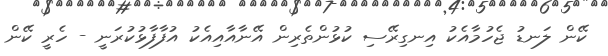
ކޭން ލަނޑު ޖެހުމާއެކު އިނގިރޭސި ކުޅުންތެރިން އޭނާއާއިއެކު އުފާފާޅުކުރަނީ - ހެރީ ކޭން